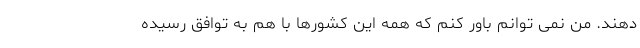
دهند. من نمی توانم باور کنم که همه این کشورها با هم به توافق رسیده